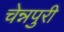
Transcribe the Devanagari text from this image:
चेन्नपुरी